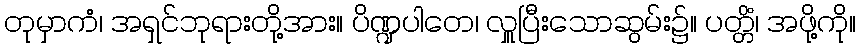
တုမှာကံ၊ အရှင်ဘုရားတို့အား။ ပိဏ္ဍပါတေ၊ လှူပြီးသောဆွမ်း၌။ ပတ္တိံ၊ အဖို့ကို။